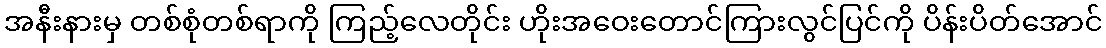
အနီးနားမှ တစ်စုံတစ်ရာကို ကြည့်လေတိုင်း ဟိုးအဝေးတောင်ကြားလွင်ပြင်ကို ပိန်းပိတ်အောင်